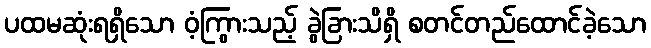
ပထမဆုံးရရှိသော ဝံ့ကြွားသည့် ခွဲခြားသိရှိ စတင်တည်ထောင်ခဲ့သော